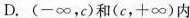
D.(-\infty，c)和(c，+\infty)内